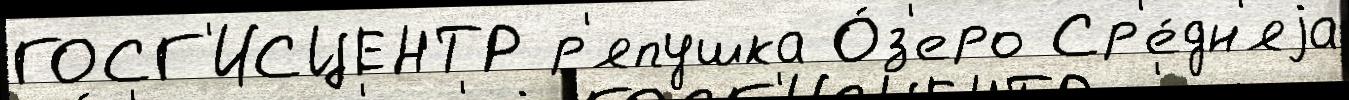
ГОСГ'ИСЦЕНТР р'япушка О́з'еро Ср'е́дн'яjа